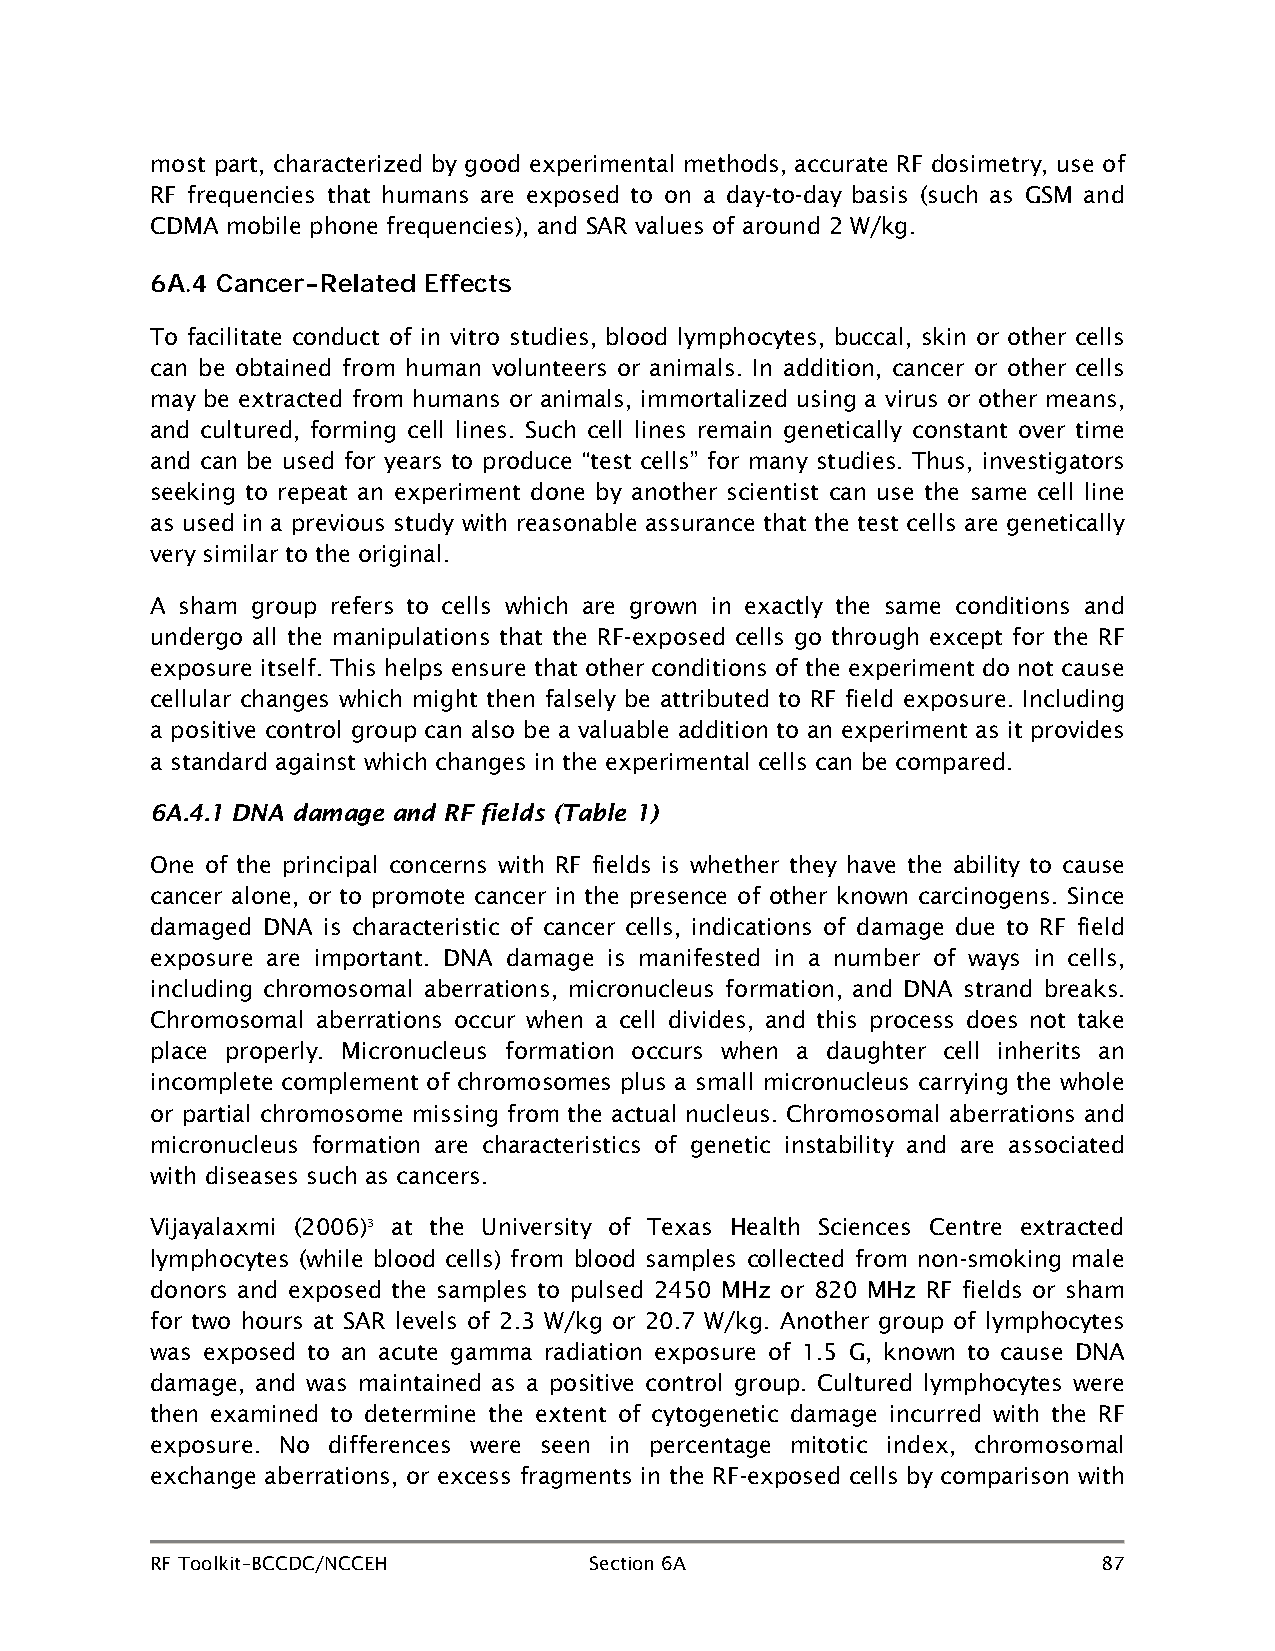
most part, characterized by good experimental methods, accurate RF dosimetry, use of
 RF frequencies that humans are exposed to on a day-to-day basis (such as GSM and
 CDMA mobile phone frequencies), and SAR values of around 2 W/kg.
 6A.4 Cancer-Related Effects
 To facilitate conduct of in vitro studies, blood lymphocytes, buccal, skin or other cells
 can be obtained from human volunteers or animals. In addition, cancer or other cells
 may be extracted from humans or animals, immortalized using a virus or other means,
 and cultured, forming cell lines. Such cell lines remain genetically constant over time
 and can be used for years to produce “test cells” for many studies. Thus, investigators
 seeking to repeat an experiment done by another scientist can use the same cell line
 as used in a previous study with reasonable assurance that the test cells are genetically
 very similar to the original.
 A sham group refers to cells which are grown in exactly the same conditions and
 undergo all the manipulations that the RF-exposed cells go through except for the RF
 exposure itself. This helps ensure that other conditions of the experiment do not cause
 cellular changes which might then falsely be attributed to RF field exposure. Including
 a positive control group can also be a valuable addition to an experiment as it provides
 a standard against which changes in the experimental cells can be compared.
 6A.4.1 DNA damage and RF fields (Table 1)
 One of the principal concerns with RF fields is whether they have the ability to cause
 cancer alone, or to promote cancer in the presence of other known carcinogens. Since
 damaged DNA is characteristic of cancer cells, indications of damage due to RF field
 exposure are important. DNA damage is manifested in a number of ways in cells,
 including chromosomal aberrations, micronucleus formation, and DNA strand breaks.
 Chromosomal aberrations occur when a cell divides, and this process does not take
 place properly. Micronucleus formation occurs when a daughter cell inherits an
 incomplete complement of chromosomes plus a small micronucleus carrying the whole
 or partial chromosome missing from the actual nucleus. Chromosomal aberrations and
 micronucleus formation are characteristics of genetic instability and are associated
 with diseases such as cancers.
 Vijayalaxmi (2006)3 at the University of Texas Health Sciences Centre extracted
 lymphocytes (while blood cells) from blood samples collected from non-smoking male
 donors and exposed the samples to pulsed 2450 MHz or 820 MHz RF fields or sham
 for two hours at SAR levels of 2.3 W/kg or 20.7 W/kg. Another group of lymphocytes
 was exposed to an acute gamma radiation exposure of 1.5 G, known to cause DNA
 damage, and was maintained as a positive control group. Cultured lymphocytes were
 then examined to determine the extent of cytogenetic damage incurred with the RF
 exposure. No differences were seen in percentage mitotic index, chromosomal
 exchange aberrations, or excess fragments in the RF-exposed cells by comparison with
 RF Toolkit–BCCDC/NCCEH       Section 6A                        87